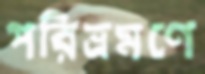
পরিভ্রমণে